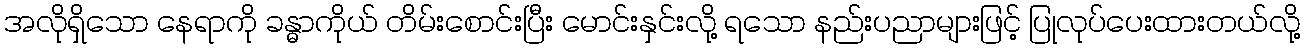
အလိုရှိသော နေရာကို ခန္ဓာကိုယ် တိမ်းစောင်းပြီး မောင်းနှင်းလို့ ရသော နည်းပညာများဖြင့် ပြုလုပ်ပေးထားတယ်လို့